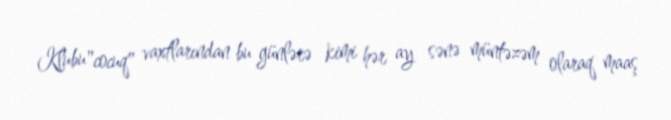
Klubu"cocuq" vaxtlarından bu günlərə kimi hər ay sənə müntəzəm olaraq maaş